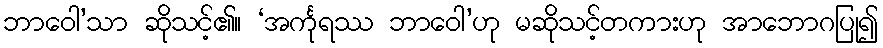
ဘာဝေါ’သာ ဆိုသင့်၏။ ‘အင်္ကုရဿ ဘာဝေါ’ဟု မဆိုသင့်တကားဟု အာဘောဂပြု၍